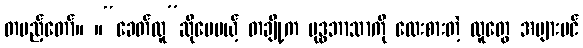
တပည့်တော်။ ။“ခေတ်လူ”ဆိုပေမယ့် တချို့က ဗုဒ္ဓဘာသာကို လေးစားတဲ့ လူတွေ အများပင်